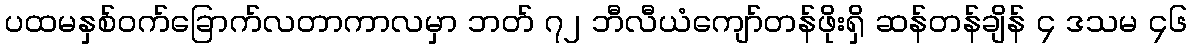
ပထမနှစ်ဝက်ခြောက်လတာကာလမှာ ဘတ် ၇၂ ဘီလီယံကျော်တန်ဖိုးရှိ ဆန်တန်ချိန် ၄ ဒသမ ၄၆